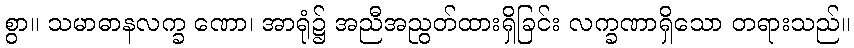
စွာ။ သမာဓာနလက္ခ ဏော၊ အာရုံ၌ အညီအညွတ်ထားရှိခြင်း လက္ခဏာရှိသော တရားသည်။